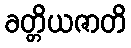
ခတ္တိယဇာတိ